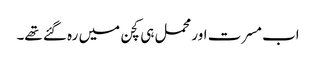
اب مسرت اور محمل ہی کچن میں رہ گئے تھے۔